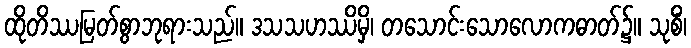
ထိုတိဿမြတ်စွာဘုရားသည်။ ဒသသဟဿိမှိ၊ တသောင်းသောလောကဓာတ်၌။ သုစိံ၊